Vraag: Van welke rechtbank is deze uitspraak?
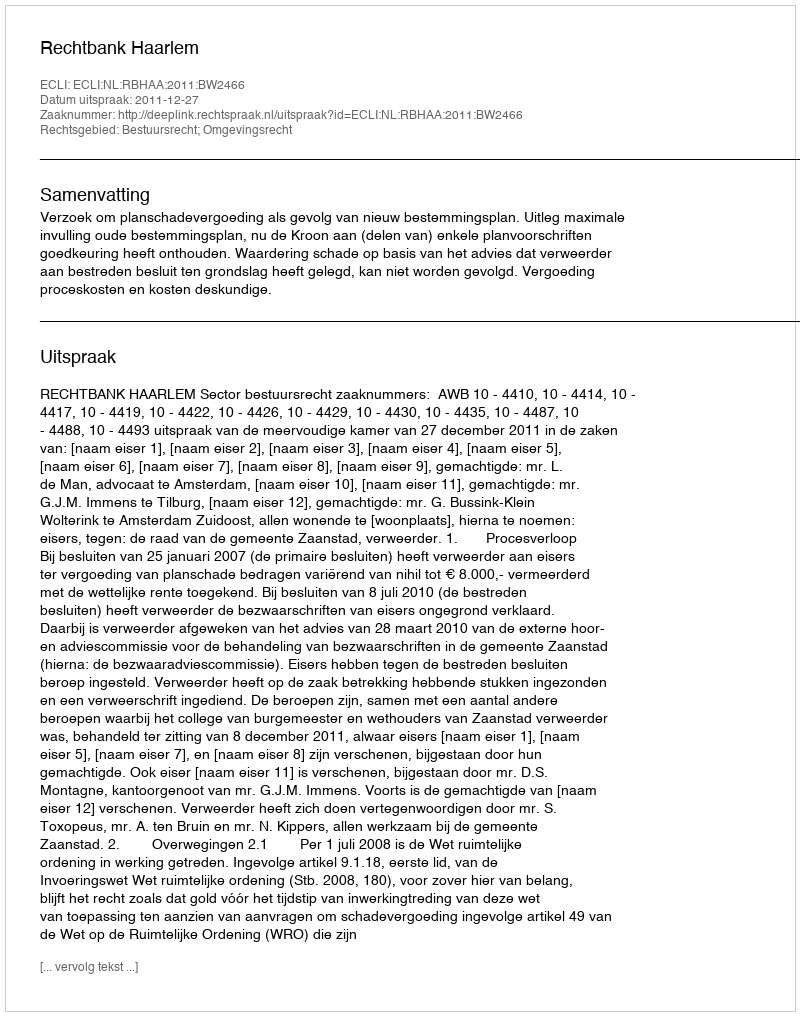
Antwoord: Rechtbank Haarlem